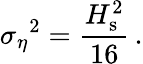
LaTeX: {\sigma_{\eta}}^{2}=\frac{H_{\mathrm{s}}^{2}}{16}\, .